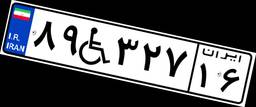
۸۹W۳۲۷۱۶